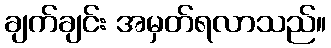
ချက်ချင်း အမှတ်ရလာသည်။